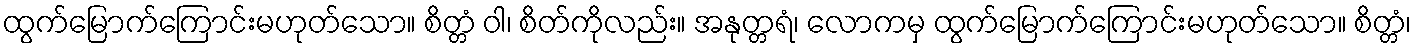
ထွက်မြောက်ကြောင်းမဟုတ်သော။ စိတ္တံ ဝါ၊ စိတ်ကိုလည်း။ အနုတ္တရံ၊ လောကမှ ထွက်မြောက်ကြောင်းမဟုတ်သော။ စိတ္တံ၊